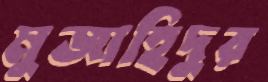
মুজাহিদুর